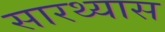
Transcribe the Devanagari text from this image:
सारथ्यास